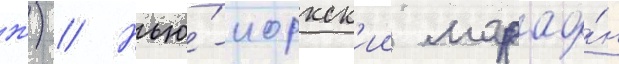
ж) // Нью́-иоркск'ии марафо́н